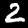
Label: 2